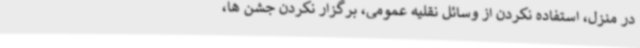
در منزل، استفاده نکردن از وسائل نقلیه عمومی، برگزار نکردن جشن ها،